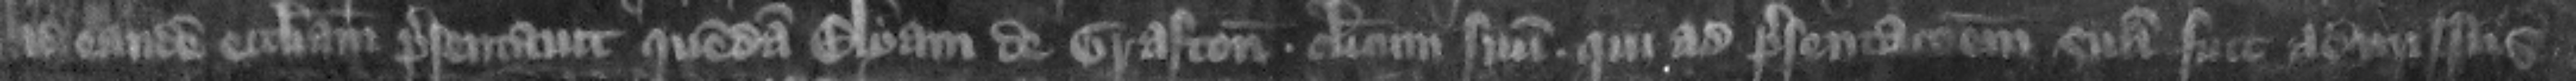
ad eandem ecclesiam presentauit quemdam Elyam de Grafton clericum suum qui ad presentacionem suam fuit admissus